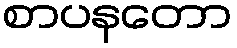
စာပနတော